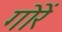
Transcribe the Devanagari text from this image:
गोरें